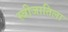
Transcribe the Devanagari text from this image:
स्त्रीजातिला